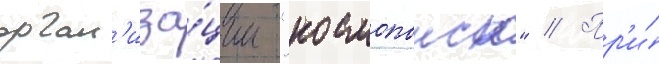
орган'иза́ции "космопоиск" // Пр'и́